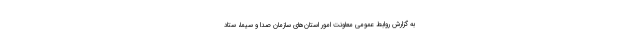
به گزارش روابط عمومی معاونت امور استان‌های سازمان صدا و سیما، ستاد